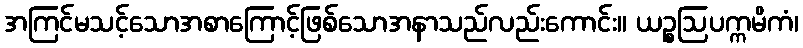
အကြင်မသင့်သောအစာကြောင့်ဖြစ်သောအနာသည်လည်းကောင်း။ ယဉ္စဩပက္ကမိကံ၊